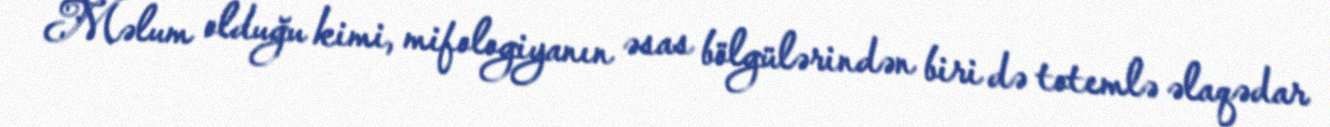
Məlum olduğu kimi, mifologiyanın əsas bölgülərindən biri də totemlə əlaqədar